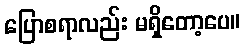
ပြောစရာလည်း မရှိတော့ပေ။